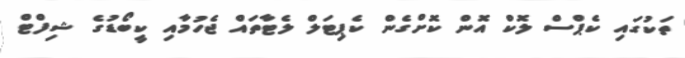
ތަކުގައި ކެޕްސް ލޮކް އޮން ކޮށްގެން ކެޕިޓަލް ލެޓާތައް ޖެހުމާއި ކީބޯޑުގެ ޝިފްޓް